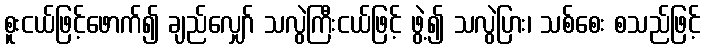
စူးငယ်ဖြင့်ဖောက်၍ ချည်လျှော် သလွဲကြီးငယ်ဖြင့် ဖွဲ့၍ သလွဲပြား၊ သစ်စေး စသည်ဖြင့်